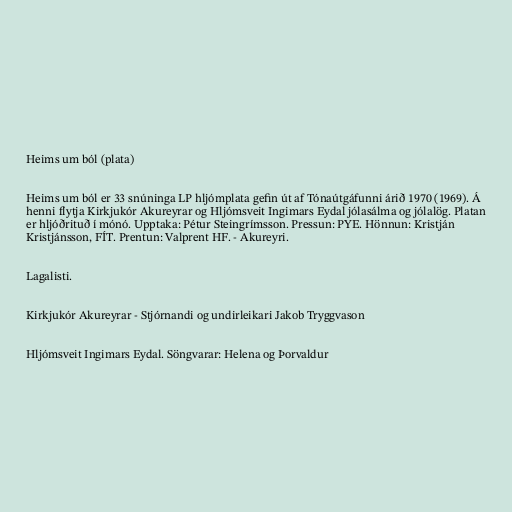
Heims um ból (plata)

Heims um ból er 33 snúninga LP hljómplata gefin út af Tónaútgáfunni árið 1970 (1969). Á
henni flytja Kirkjukór Akureyrar og Hljómsveit Ingimars Eydal jólasálma og jólalög. Platan
er hljóðrituð í mónó. Upptaka: Pétur Steingrímsson. Pressun: PYE. Hönnun: Kristján
Kristjánsson, FÍT. Prentun: Valprent HF. - Akureyri.

Lagalisti.

Kirkjukór Akureyrar - Stjórnandi og undirleikari Jakob Tryggvason

Hljómsveit Ingimars Eydal. Söngvarar: Helena og Þorvaldur